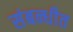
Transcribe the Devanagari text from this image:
संबन्धीत